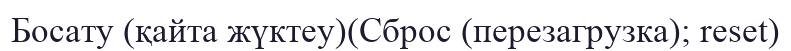
Босату (қайта жүктеу)(Сброс (перезагрузка); reset)